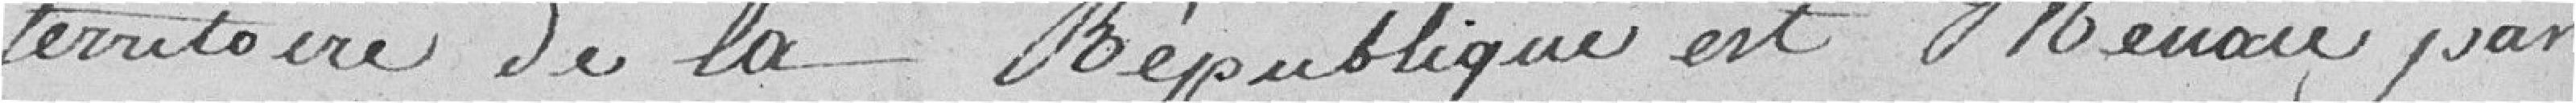
territoire de la république est menacé par